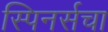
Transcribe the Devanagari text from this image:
स्पिनर्सचा